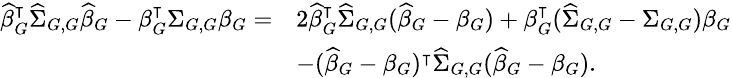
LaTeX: \small\begin{array}{rl}{\widehat{\beta}_{G}^{\intercal}\widehat{\Sigma}_{G,G}\widehat{\beta}_{G}-\beta_{G}^{\intercal}\Sigma_{G,G}\beta_{G}=}&{2\widehat{\beta}_{G}^{\intercal}\widehat{\Sigma}_{G,G}(\widehat{\beta}_{G}-\beta_{G})+\beta_{G}^{\intercal}(\widehat{\Sigma}_{G,G}-\Sigma_{G,G})\beta_{G}}\\ &{-(\widehat{\beta}_{G}-\beta_{G})^{\intercal}\widehat{\Sigma}_{G,G}(\widehat{\beta}_{G}-\beta_{G}).}\end{array}